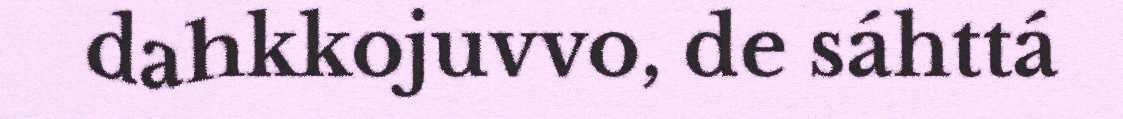
dahkkojuvvo, de sáhttá